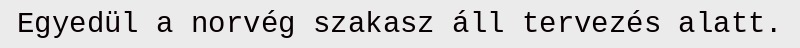
Egyedül a norvég szakasz áll tervezés alatt.